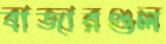
বাজারগুল